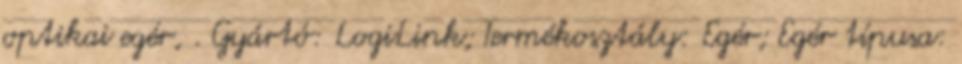
optikai egér, . Gyártó: LogiLink; Termékosztály: Egér; Egér típusa: